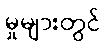
မှုများတွင်